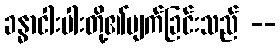
ခန္ဓာငါးပါးတို့၏ပျက်ခြင်းသည် --